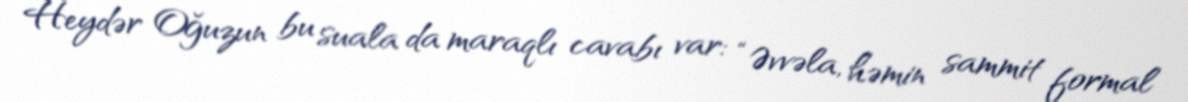
Heydər Oğuzun bu suala da maraqlı cavabı var: “Əvvəla, həmin sammit formal